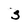
Character: s